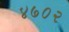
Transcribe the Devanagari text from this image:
४७०२